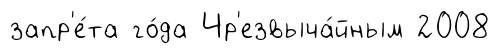
запр'е́та го́да Чр'езвыча́йным 2008